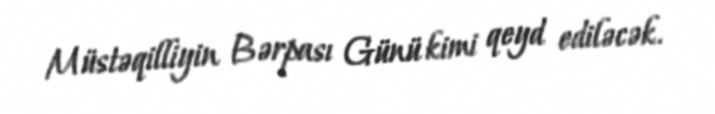
Müstəqilliyin Bərpası Günü kimi qeyd ediləcək.